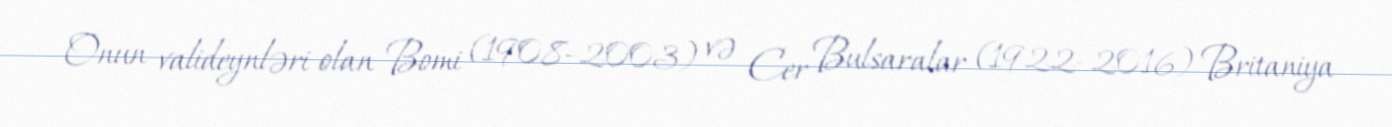
Onun valideynləri olan Bomi (1908–2003) və Cer Bulsaralar (1922–2016) Britaniya